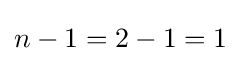
n-1=2-1=1